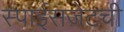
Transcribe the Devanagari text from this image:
स्पाईसजेटची